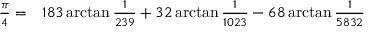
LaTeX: \begin{array} { r l } { { \frac { \pi } { 4 } } = } & { { } 1 8 3 \arctan { \frac { 1 } { 2 3 9 } } + 3 2 \arctan { \frac { 1 } { 1 0 2 3 } } - 6 8 \arctan { \frac { 1 } { 5 8 3 2 } } } \end{array}